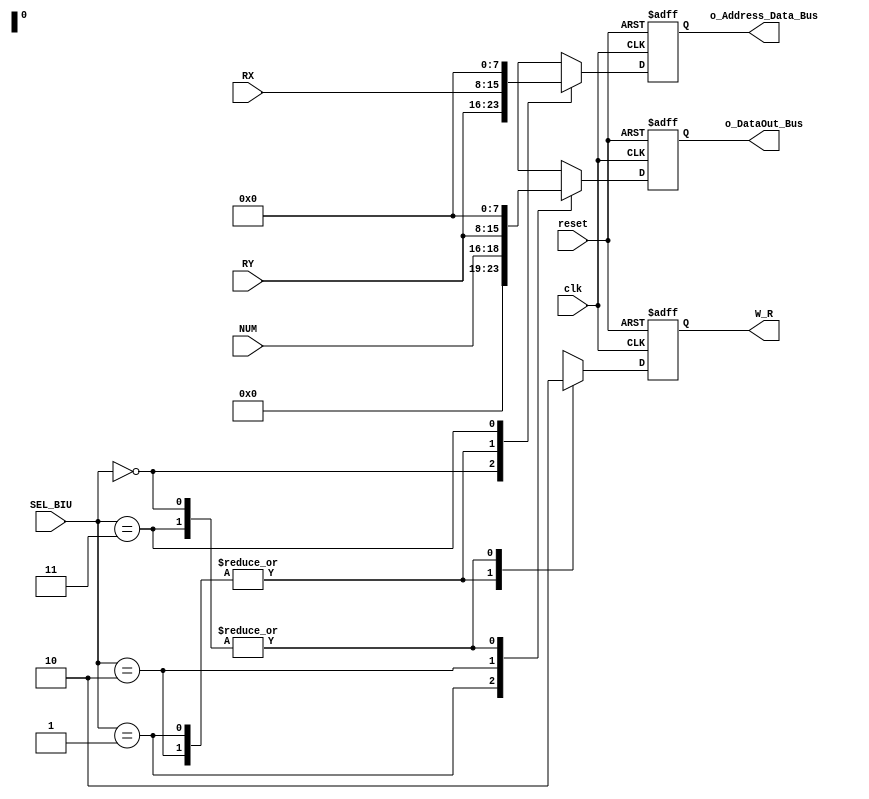
`timescale 1ns / 1ps
//////////////////////////////////////////////////////////////////////////////////
// Company: 
// Engineer: 
// 
// Design Name: 
// Module Name: BIU
// Project Name: 
// Target Devices: 
// Tool Versions: 
// Description: 
// 
// Dependencies: 
// 
// Revision:
// Revision 0.01 - File Created
// Additional Comments:
// 
//////////////////////////////////////////////////////////////////////////////////


module BIU(

    input [2:0] NUM,
    input [7:0] RX,
    input [7:0] RY,
    input [1:0] SEL_BIU,
    input reset,
    input clk,
    output reg [7:0]o_Address_Data_Bus,
    output reg [7:0]o_DataOut_Bus,
    output reg W_R
    );
    
    always@(posedge clk, posedge reset)

    begin

        if(reset)

        begin
            o_DataOut_Bus <= 0;
            o_Address_Data_Bus <= 0;
            W_R <= 0;

        end
        else
            case(SEL_BIU)
                0: begin    //Para la instruccin LOAD (Dato cargado de [RY])
                    o_DataOut_Bus <= 0;
                    o_Address_Data_Bus <= RY;
                    W_R <= 0;

                end

                1: begin    //Para la instruccin STORE (NUM ser almacenado en [RX])
                    o_DataOut_Bus <= {5'b00000,NUM};
                    o_Address_Data_Bus <= RX;
                    W_R <= 1;

                end

                2: begin    // Para la instruccin STORE (Almacenar datos del registro RY en [RX])
                    o_DataOut_Bus <= RY;
                    o_Address_Data_Bus <= RX;
                    W_R <= 1;

                end

                3: begin    //NOP (NO OPERATION)
                    o_DataOut_Bus <= 0;
                    o_Address_Data_Bus <= 0;
                    W_R <= 0;

                end

            endcase
    end
endmodule